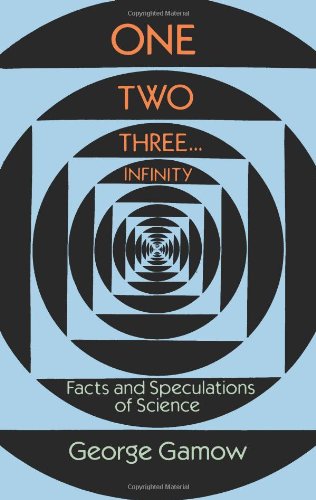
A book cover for One Two Three . . . Infinity: Facts and Speculations of Science (Dover Books on Mathematics); George Gamow; Mystery, Thriller & Suspense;